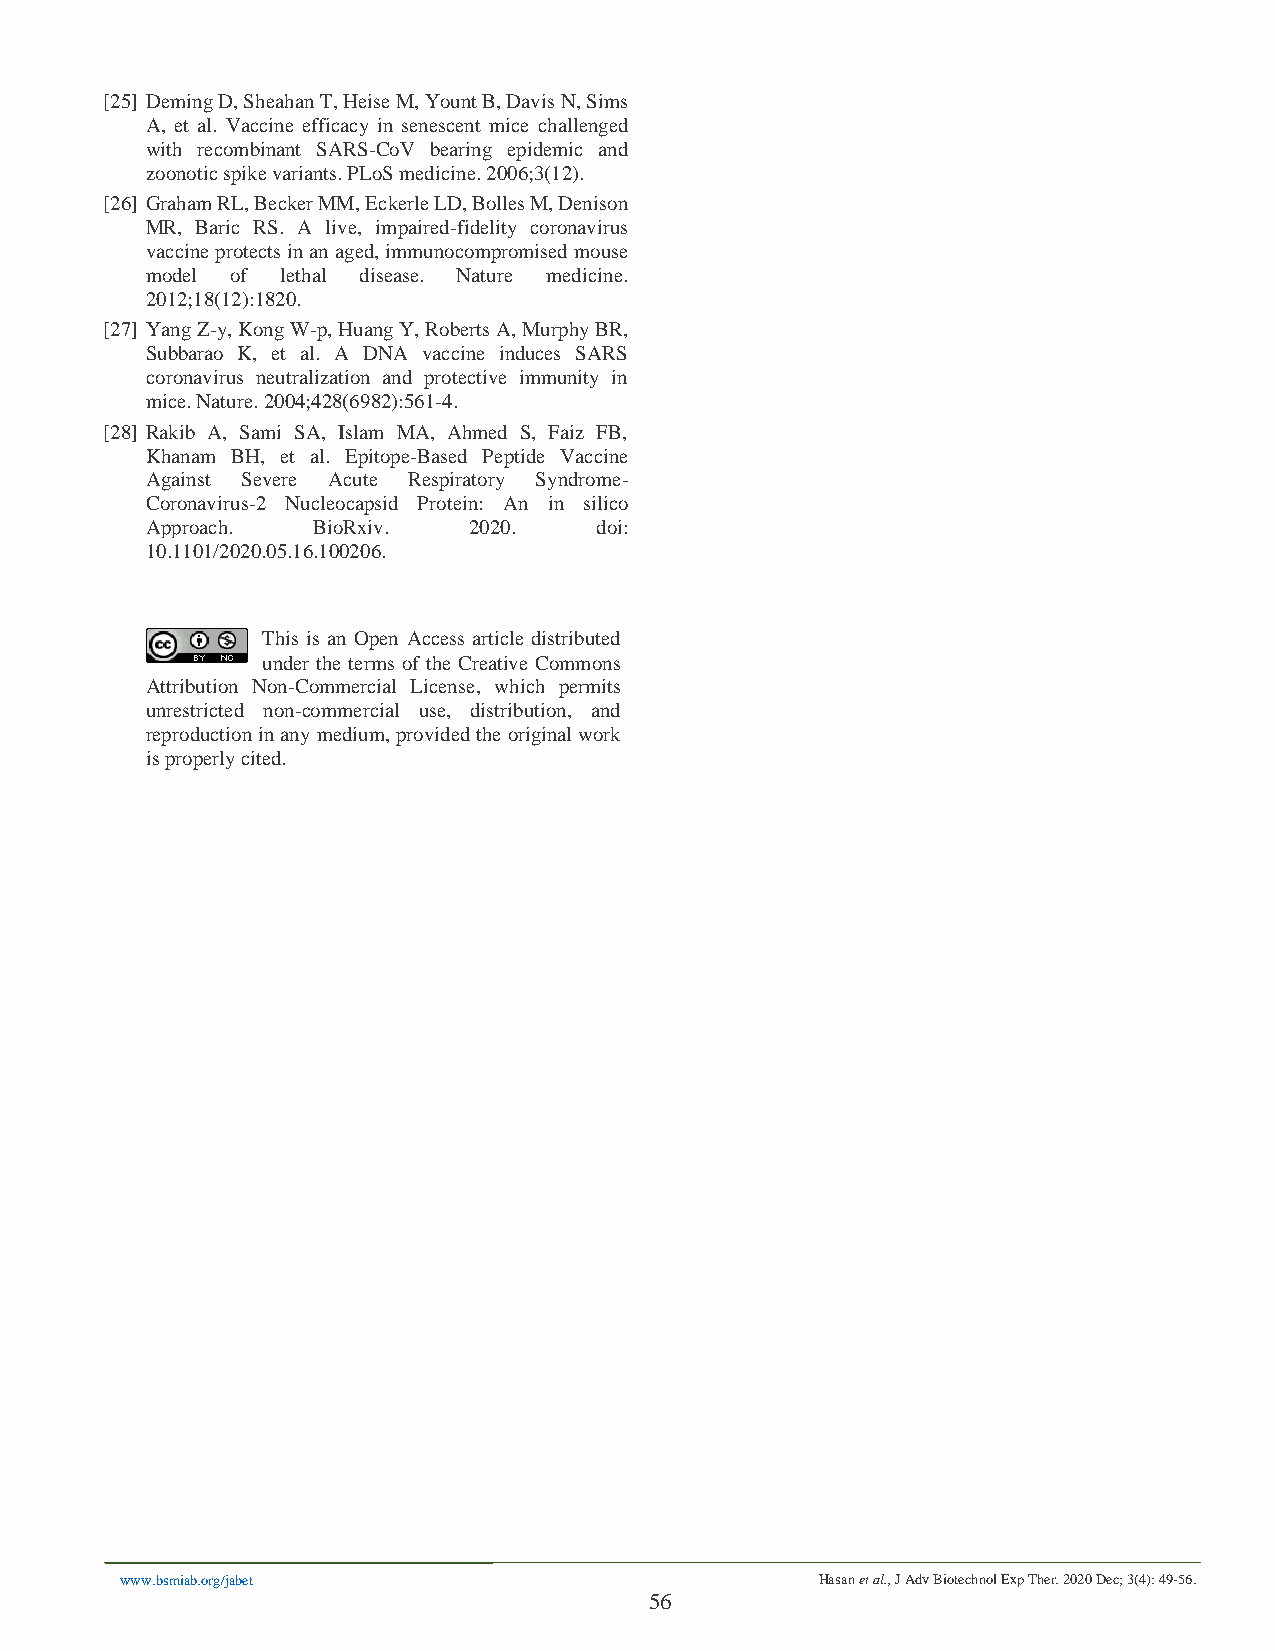
[25] Deming D, Sheahan T, Heise M, Yount B, Davis N, Sims
 A, et al. Vaccine efficacy in senescent mice challenged
 with recombinant SARS-CoV bearing epidemic and
 zoonotic spike variants. PLoS medicine. 2006;3(12).
 [26] Graham RL, Becker MM, Eckerle LD, Bolles M, Denison
 MR, Baric RS. A live, impaired-fidelity coronavirus
 vaccine protects in an aged, immunocompromised mouse
 model of lethal disease. Nature medicine.
 2012;18(12):1820.
 [27] Yang Z-y, Kong W-p, Huang Y, Roberts A, Murphy BR,
 Subbarao K, et al. A DNA vaccine induces SARS
 coronavirus neutralization and protective immunity in
 mice. Nature. 2004;428(6982):561-4.
 [28] Rakib A, Sami SA, Islam MA, Ahmed S, Faiz FB,
 Khanam BH, et al. Epitope-Based Peptide Vaccine
 Against Severe Acute Respiratory Syndrome-
 Coronavirus-2 Nucleocapsid Protein: An in silico
 Approach.  BioRxiv.  2020.   doi:
 10.1101/2020.05.16.100206.
 This is an Open Access article distributed
 under the terms of the Creative Commons
 Attribution Non-Commercial License, which permits
 unrestricted non-commercial use, distribution, and
 reproduction in any medium, provided the original work
 is properly cited.
 www.bsmiab.org/jabet                          Hasan et al., J Adv Biotechnol Exp Ther. 2020 Dec; 3(4): 49-56.
 56